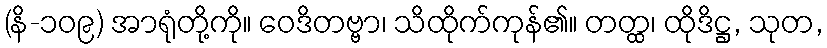
(နိ-၁၀၉) အာရုံတို့ကို။ ဝေဒိတဗ္ဗာ၊ သိထိုက်ကုန်၏။ တတ္ထ၊ ထိုဒိဋ္ဌ, သုတ,